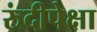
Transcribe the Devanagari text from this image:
रुंदीपेक्षा